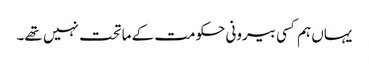
یہاں ہم کسی بیرونی حکومت کے ماتحت نہیں تھے۔